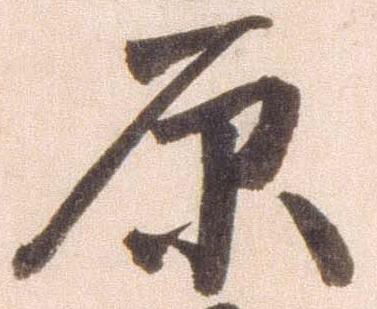
原